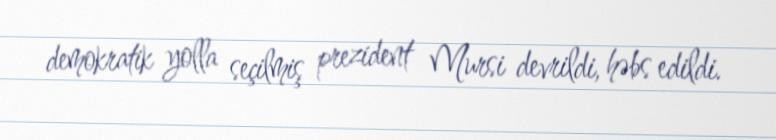
demokratik yolla seçilmiş prezident Mursi devrildi, həbs edildi.